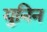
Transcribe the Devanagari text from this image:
युनिन